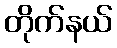
တိုက်နယ်